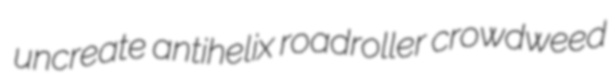
uncreate antihelix roadroller crowdweed